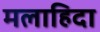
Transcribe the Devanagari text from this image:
मलाहिदा